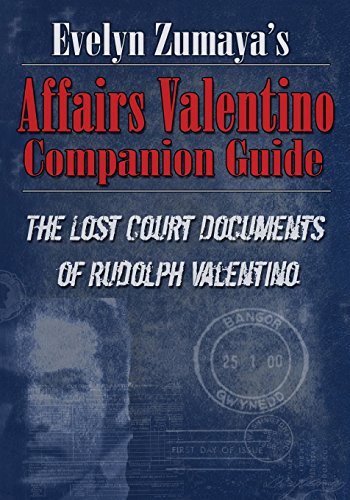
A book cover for Evelyn Zumaya's Affairs Valentino Companion Guide; Evelyn Zumaya; Law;